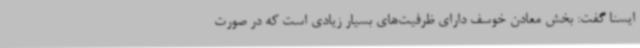
ایسنا گفت:‌ بخش معادن خوسف دارای ظرفیت‌های بسیار زیادی است که در صورت